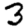
Digit: 3